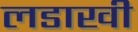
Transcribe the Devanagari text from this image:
लडाखी